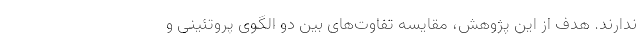
ندارند. هدف از این پژوهش، مقایسه تفاوت‌های بین دو الگوی پروتئینی و